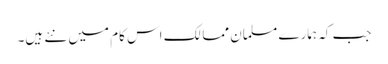
جب کہ ہمارے مسلمان ممالک اس کام میں نئے ہیں۔